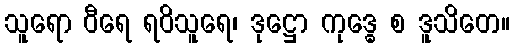
သူရော ဝီရေ ရဝိသူရေ၊ ဒုဋ္ဌော ကုဒ္ဓေ စ ဒူသိတေ။